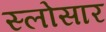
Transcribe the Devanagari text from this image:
स्लोसार